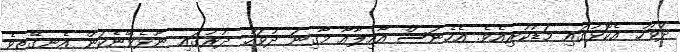
ދުވަހު އެކޮޅުގައި މަޑުކުރިއެވެ. އެހެނަސް އާއިލާއާ މާގިނަ ދުވަހު ދުރުގައި ނޫޅެވޭނެކަން އެނގޭތީވެ